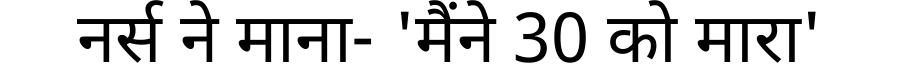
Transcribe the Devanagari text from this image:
नर्स ने माना- 'मैंने 30 को मारा'